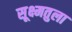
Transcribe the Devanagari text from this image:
सूक्ष्मतुला